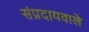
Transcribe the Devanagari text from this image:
संप्रदायवाले